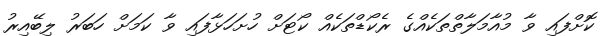
ކޮށްފައި ވާ މުއާމަލާތްތަކެއްގެ ރެކޯޑްތަކެއް ކޯޓަށް ހުށަހަޅާފައި ވާ ކަމަށް ހަބަރު ލިބޭއިރު